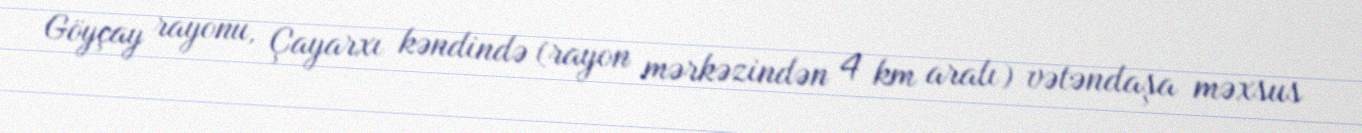
Göyçay rayonu, Çayarxı kəndində (rayon mərkəzindən 4 km aralı) vətəndaşa məxsus